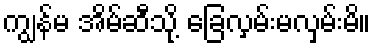
ကျွန်မ အိမ်ဆီသို့ ခြေလှမ်းမလှမ်းမိ။